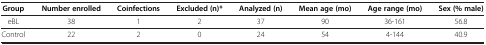
| Groups | Number enrolled | Coinfections | Excluded (n)* | Analyzed (n) | Mean age (mo) | Age range (mo) | Sex (% male) |
 | --- | --- | --- | --- | --- | --- | --- | --- |
 | eBL | 38 | 1 | 2 | 37 | 90 | 36-161 | 56.8 |
 | Control | 22 | 2 | 0 | 24 | 54 | 4-144 | 40.9 |